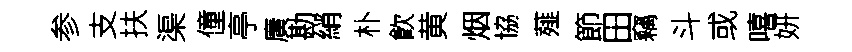
参支扶渠僮亭廣勘綃朴飮黄烟協薤節田竊斗或嘻妍